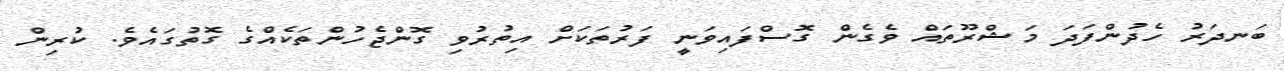
ބަނދަރު ހެދުންފަދަ މަޝްރޫތައް ވެގެން ގޮސްފައިވަނީ ފަރުތަކަށް އިތުރުވި ގޮންޖެހުންތަކެއްގެ ގޮތުގައެވެ. ކުރިން